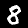
Digit: 8